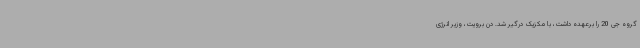
گروه جی 20 را برعهده داشت، با مکزیک درگیر شد. دن برویت، وزیر انرژی